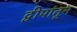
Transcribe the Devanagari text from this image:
द्वीपांतून